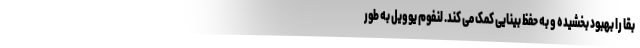
بقا را بهبود بخشیده و به حفظ بینایی کمک می کند. لنفوم یوویل به طور